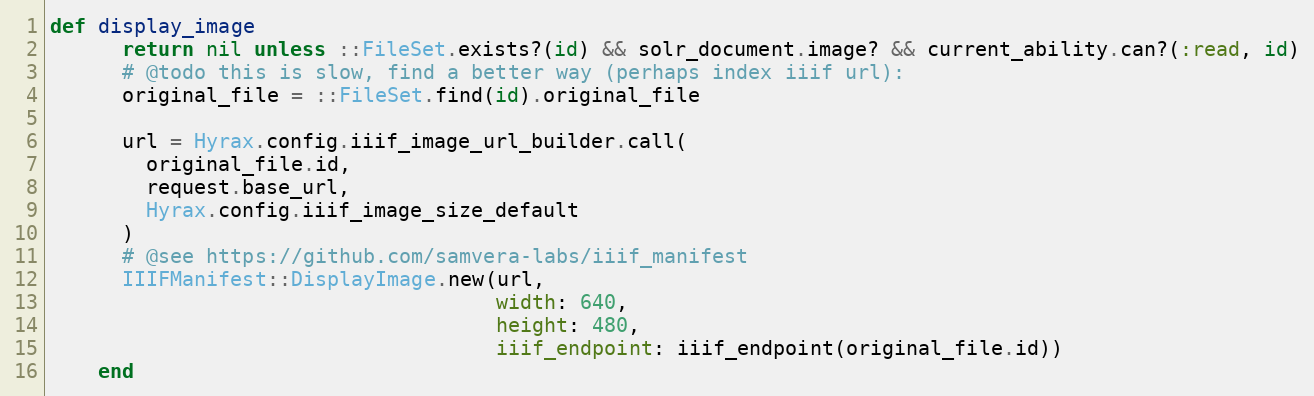
Language: Ruby
def display_image
      return nil unless ::FileSet.exists?(id) && solr_document.image? && current_ability.can?(:read, id)
      # @todo this is slow, find a better way (perhaps index iiif url):
      original_file = ::FileSet.find(id).original_file

      url = Hyrax.config.iiif_image_url_builder.call(
        original_file.id,
        request.base_url,
        Hyrax.config.iiif_image_size_default
      )
      # @see https://github.com/samvera-labs/iiif_manifest
      IIIFManifest::DisplayImage.new(url,
                                     width: 640,
                                     height: 480,
                                     iiif_endpoint: iiif_endpoint(original_file.id))
    end